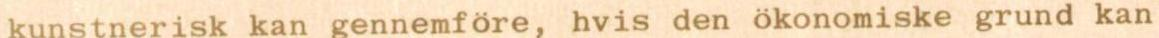
kunstnerisk kan gennemföre, hvis den ökonomiske grund kan